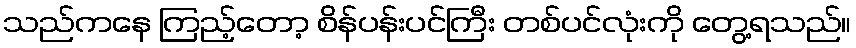
သည်ကနေ ကြည့်တော့ စိန်ပန်းပင်ကြီး တစ်ပင်လုံးကို တွေ့ရသည်။